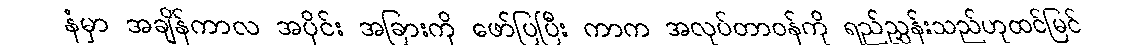
နံမှာ အချိန်ကာလ အပိုင်း အခြားကို ဖော်ပြပြီး ကာက အလုပ်တာဝန်ကို ရည်ညွှန်းသည်ဟုထင်မြင်